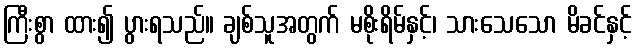
ကြီးစွာ ထား၍ ပွားရသည်။ ချစ်သူအတွက် မစိုးရိမ်နှင့်၊ သားသေသော မိခင်နှင့်